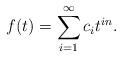
LaTeX: \begin{align*} f (t) = \sum_{i = 1}^{\infty} c_i t^{i n} .\end{align*}